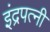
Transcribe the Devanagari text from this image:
इंद्रपत्नी